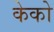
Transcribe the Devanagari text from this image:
केको